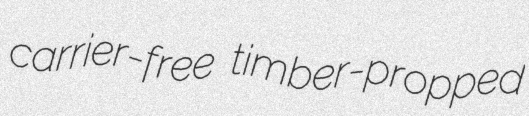
carrier-free timber-propped